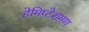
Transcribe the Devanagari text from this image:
हेमिप्टेरागण